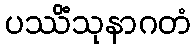
ပဿိံသုနာဂတံ